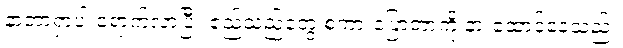
နာတာရှာပါ ရောက်လာပြီး ဧည့်သည်တွေ စကားပြောတာကို နားထောင်နေသည်။